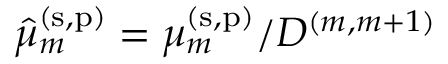
\hat { \mu } _ { m } ^ { ( \mathrm { s } , \mathrm { p } ) } = \mu _ { m } ^ { ( \mathrm { s } , \mathrm { p } ) } / D ^ { ( m , m + 1 ) }